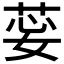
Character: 𦯽